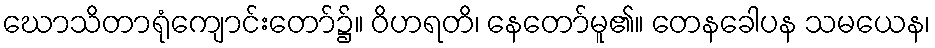
ဃောသိတာရုံကျောင်းတော်၌။ ဝိဟရတိ၊ နေတော်မူ၏။ တေနခေါပန သမယေန၊